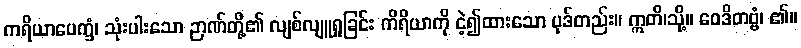
ကရိယာပေက္ခံ၊ သုံးပါးသော ဉာဏ်တို့၏ လျစ်လျူရှုခြင်း ကိရိယာကို ငဲ့၍ထားသော ပုဒ်တည်း။ ဣတိ၊သို့။ ဝေဒိတဗ္ဗံ၊ ၏။